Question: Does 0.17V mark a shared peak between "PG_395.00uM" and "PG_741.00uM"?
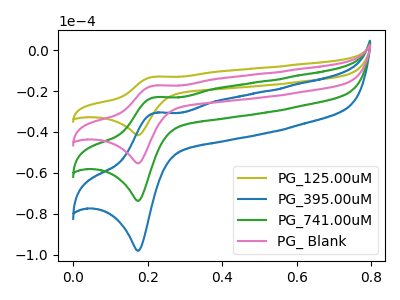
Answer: <think>The olive curve "PG_125.00uM" has an anodic peak at (0.20V, -13.05uA) and a cathodic peak at (0.15V, -41.55uA). The blue curve "PG_395.00uM" has an anodic peak at (0.20V, -52.05uA) and a cathodic peak at (0.15V, -166.00uA). The green curve "PG_741.00uM" has an anodic peak at (0.20V, -34.70uA) and a cathodic peak at (0.15V, -110.65uA). The pink curve "PG_ Blank" has an anodic peak at (0.20V, -17.35uA) and a cathodic peak at (0.15V, -55.35uA).</think>
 <answer>Yes, "PG_395.00uM" and "PG_741.00uM" share a peak at 0.17V.</answer>
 <eval>match</eval>